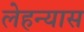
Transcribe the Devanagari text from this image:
लेहन्यास